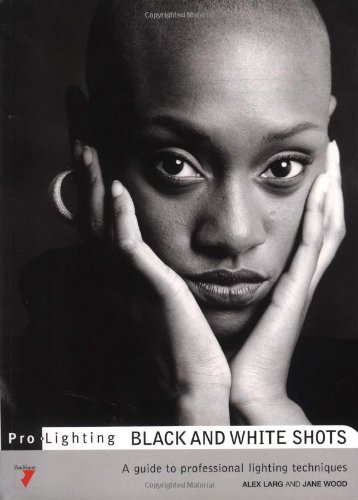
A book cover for Black & White Shots (Pro-Lighting); Alex Larg; Arts & Photography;